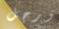
ورجل